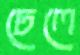
ঢেলে